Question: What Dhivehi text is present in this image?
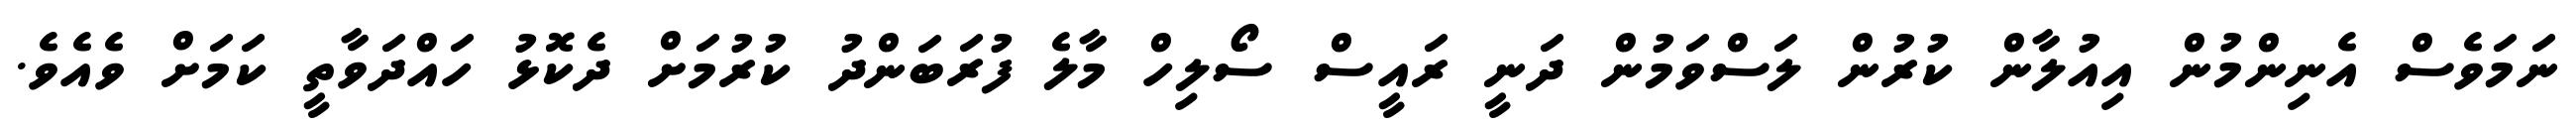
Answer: ނަމަވެސް އެނިންމުން އިއުލާން ކުރުން ލަސްވަމުން ދަނީ ރައީސް ސޯލިހް މާލެ ފުރަބަންދު ކުރުމަށް ދެކޮޅު ހައްދަވާތީ ކަމަށް ވެއެވެ.